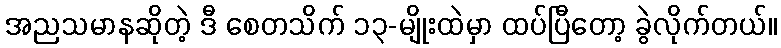
အညသမာနဆိုတဲ့ ဒီ စေတသိက် ၁၃-မျိုးထဲမှာ ထပ်ပြီတော့ ခွဲလိုက်တယ်။